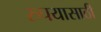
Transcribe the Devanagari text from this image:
रुपयासाठी